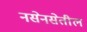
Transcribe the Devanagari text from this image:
नसेनसेतील